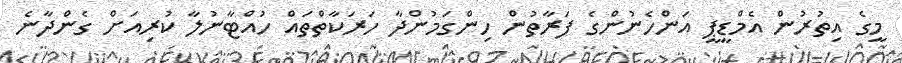
މީގެ އިތުރުން އެމްޑީޕީ އަންހެނުންގެ ފަރާތުން ހިންގަމުންދާ ހަރަކާތްތައް ހުއްޓާނުލާ ކުރިއަށް ގެންދާނެ